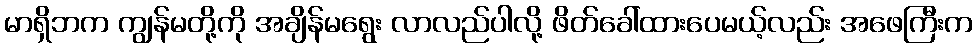
မာရှိဘက ကျွန်မတို့ကို အချိန်မရွေး လာလည်ပါလို့ ဖိတ်ခေါ်ထားပေမယ့်လည်း အဖေကြီးက